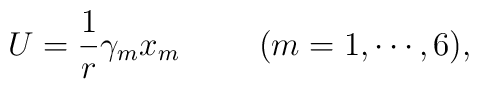
U=\frac1r \gamma_m x_m \hspace{1cm} (m=1,\cdots,6),